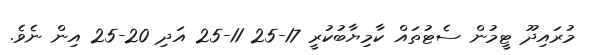
މުރައިދޫ ޓީމުން ސެޓުތައް ކާމިޔާބުކުރީ 17-25 11-25 އަދި 20-25 އިން ނެވެ.